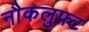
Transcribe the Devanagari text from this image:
नौकलुफ़्ट